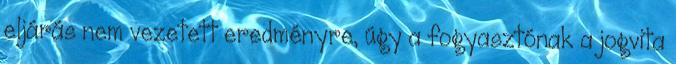
eljárás nem vezetett eredményre, úgy a fogyasztónak a jogvita